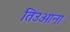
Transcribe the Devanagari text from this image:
तिउआना